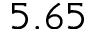
5 . 6 5